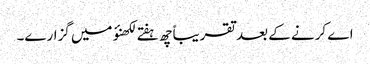
اے کرنے کے بعد تقریباً چھ ہفتے لکھنؤ میں گزارے۔